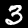
Label: 3